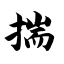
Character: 揣